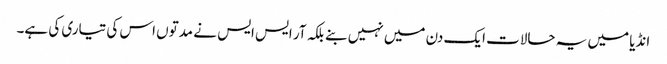
انڈیا میں یہ حالات ایک دن میں نہیں بنے بلکہ آر ایس ایس نے مدتوں اس کی تیاری کی ہے۔